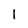
Character: 1